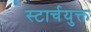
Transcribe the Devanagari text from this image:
स्टार्चयुक्त